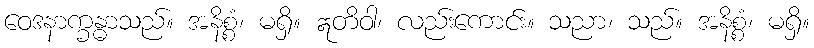
ဝေဒနာက္ခန္ဓာသည်။ အနိစ္စံ၊ မရှိ။ ဣတိဝါ၊ လည်းကောင်း။ သညာ၊ သည်။ အနိစ္စံ၊ မရှိ။